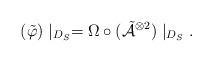
LaTeX: \begin{align*}(\tilde{\varphi})\mid_{D_{S}}=\Omega\circ(\tilde{\mathcal{A}}^{\otimes2})\mid_{D_{S}}.\end{align*}